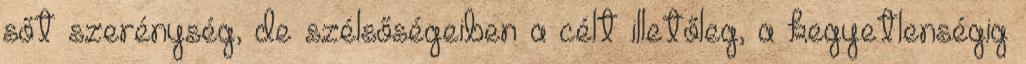
sőt szerénység, de szélsőségeiben a célt illetőleg, a kegyetlenségig